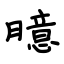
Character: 臆